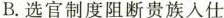
B.选官制度阻断贵族人仕